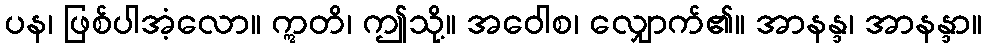
ပန၊ ဖြစ်ပါအံ့လော။ ဣတိ၊ ဤသို့။ အဝေါစ၊ လျှောက်၏။ အာနန္ဒ၊ အာနန္ဒာ။